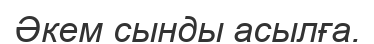
Әкем сынды асылға.